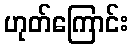
ဟုတ်ကြောင်း